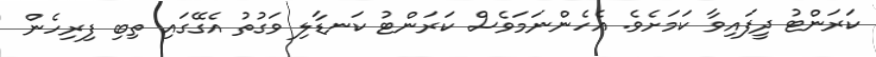
ކަރަންޓު ދީފައިވާ ކަމަށެވެ. އެހެންނަމަވެސް ކަރަންޓު ކަނޑާލި ވަގުތު އެގޭގައި ތިބި ފިރިހެން